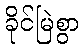
ခိုင်မြဲစွာ